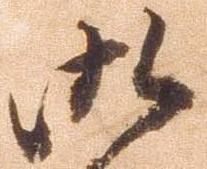
御